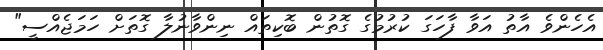
އެހެންވެ އާތު އަވާ ފާހަގަ ކުރުމުގެ ގޮތުން ބޮކިތައް ނިންވާނުލާ ގޮތަށް ހަމަޖެއްސީ"